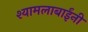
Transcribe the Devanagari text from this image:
श्यामलाबाईंनी